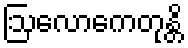
ဩလောကေတုန္တိ